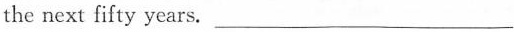
the next fifty years.___